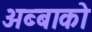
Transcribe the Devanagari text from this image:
अब्बाको